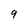
Character: 9